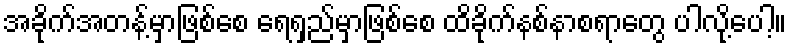
အခိုက်အတန့်မှာဖြစ်စေ ရေရှည်မှာဖြစ်စေ ထိခိုက်နစ်နာစရာတွေ ပါလို့ပေါ့။